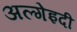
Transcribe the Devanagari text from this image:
अल्गेइदी